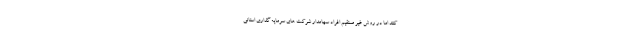
کنند اما در روش غیر مستقیم افراد سهامدار شرکت های سرمایه گذاری استانی